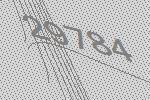
29784